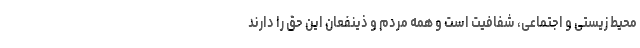
محیط زیستی و اجتماعی، شفافیت است و همه مردم و ذینفعان این حق را دارند